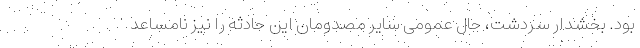
بود. بخشدار سردشت، حال عمومی سایر مصدومان این حادثه را نیز نامساعد